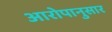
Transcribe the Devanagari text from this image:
आरोपानुसार